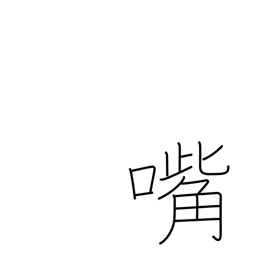
Meaning: bill